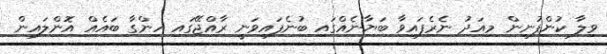
ވިލާ ކުންފުނިން މިއަދު ނެރެފައިވާ ބަޔާނެއްގައި ބުނެފައިވަނީ ރާއްޖޭގައި ހިންގާ ބައެއް އޮންލައިން